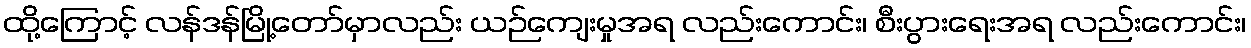
ထို့ကြောင့် လန်ဒန်မြို့တော်မှာလည်း ယဉ်ကျေးမှုအရ လည်းကောင်း၊ စီးပွားရေးအရ လည်းကောင်း၊